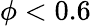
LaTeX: \phi<0.6